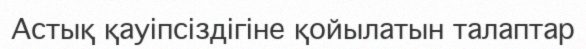
Астық қауіпсіздігіне қойылатын талаптар